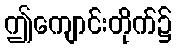
ဤကျောင်းတိုက်၌